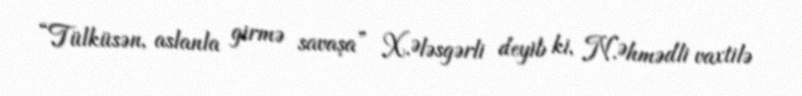
“Tülküsən, aslanla girmə savaşa” X.Ələsgərli deyib ki, N.Əhmədli vaxtilə